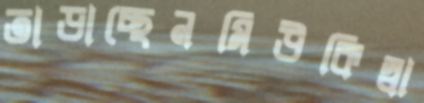
তাড়াচ্ছেনমিউকিস্বা